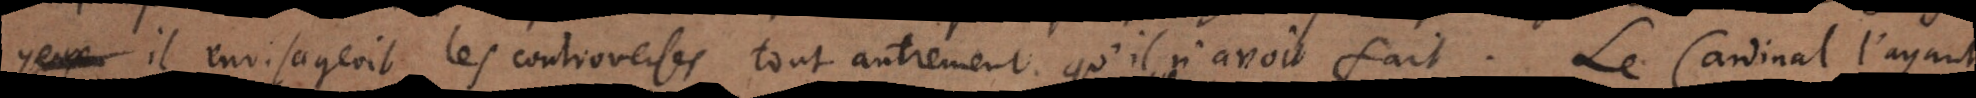
yeux il envisageoit les controverses tout autrement qu’il n’avoit fait. Le Cardinal l’ayant